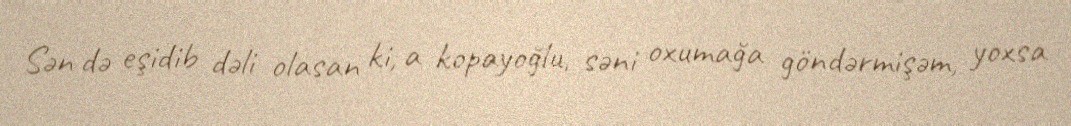
Sən də eşidib dəli olasan ki, a kopayoğlu, səni oxumağa göndərmişəm, yoxsa